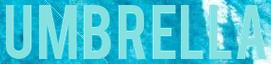
UMBRELLA